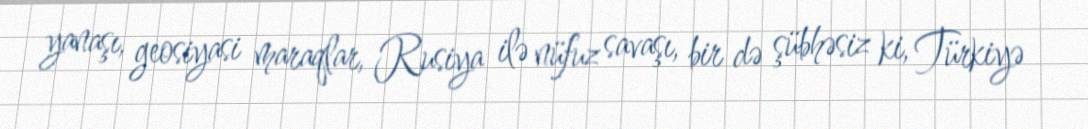
yanaşı, geosiyasi maraqlar, Rusiya ilə nüfuz savaşı, bir də şübhəsiz ki, Türkiyə